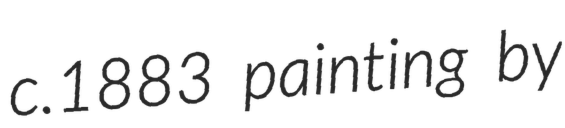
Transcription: c.1883 painting by